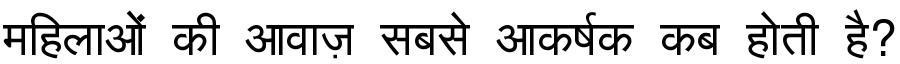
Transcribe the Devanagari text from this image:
महिलाओं की आवाज़ सबसे आकर्षक कब होती है?